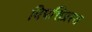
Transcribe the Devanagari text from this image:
विपत्तिग्रस्त